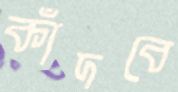
কাঁদবে